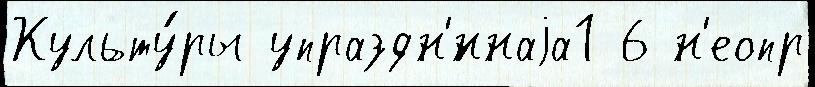
Культу́ры упраздн'́ннаjа1 6 н'еопр